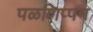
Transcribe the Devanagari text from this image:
पळणिप्पन